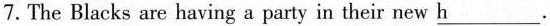
7.The Blacks are having a party in their new \underlineh.